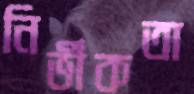
নির্ভীকতা